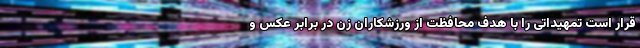
قرار است تمهیداتی را با هدف محافظت از ورزشکاران زن در برابر عکس و